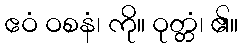
ဧဝံ ဝစနံ၊ ကို။ ဝုတ္တံ၊ ၏။